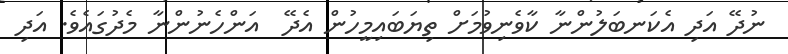
ނުދޭ އަދި އެކަނބަލުންނާ ކާވެނިވުމަށް ތިޔަބައިމީހުން އެދޭ  އަންހެނުންނާ މެދުގައެވެ. އަދި